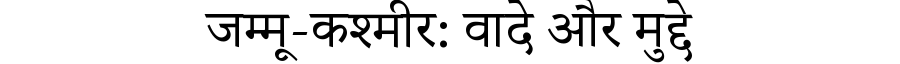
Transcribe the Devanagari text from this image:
जम्मू-कश्मीर: वादे और मुद्दे